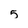
Character: 5